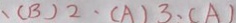
、 ( B ) 2 \cdot ( A ) 3 \cdot ( A )